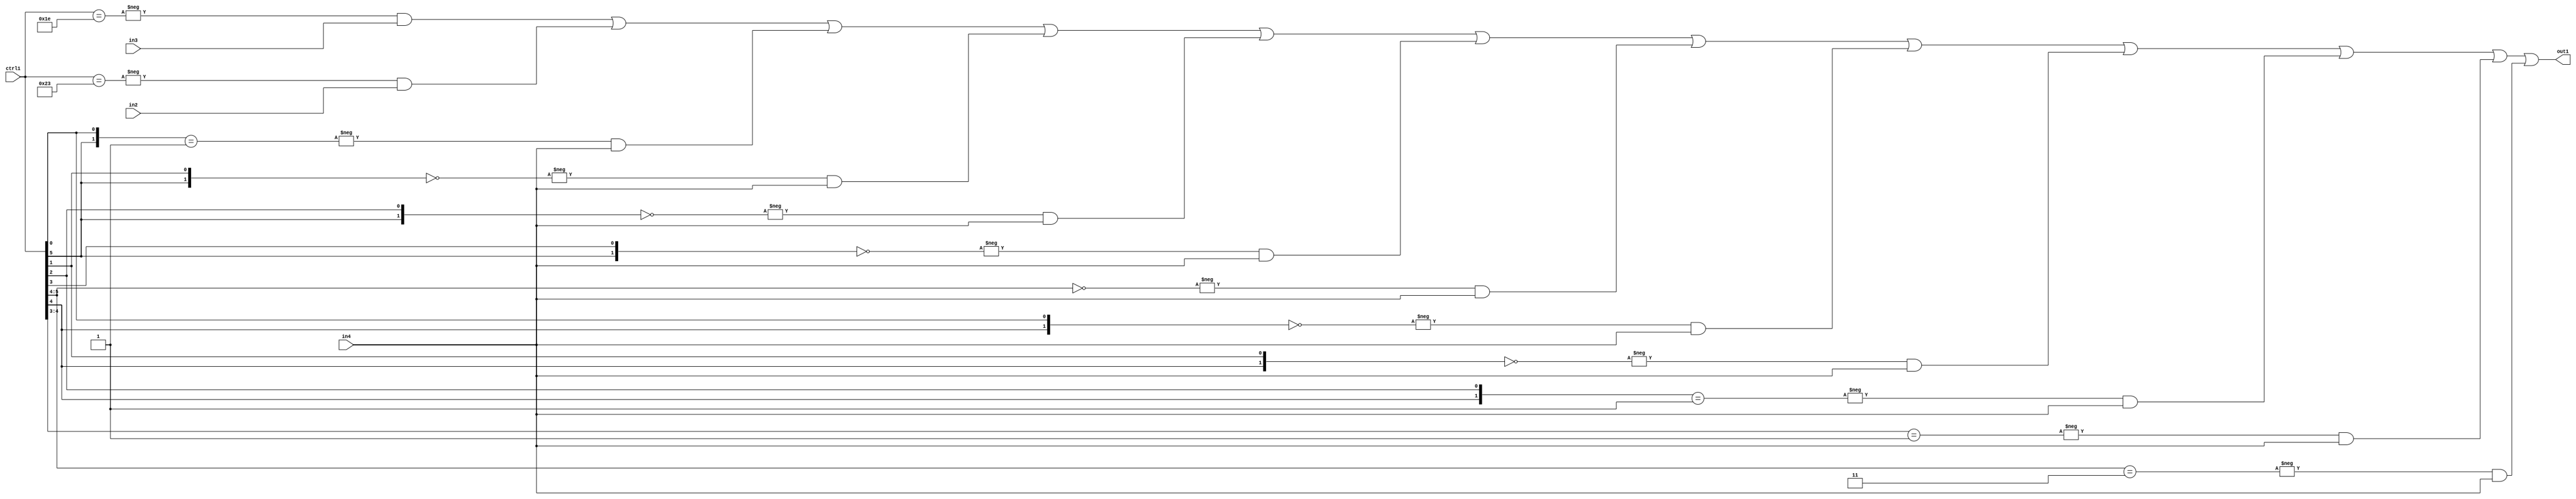
`timescale 1ps / 1ps
/*****************************************************************************
    Verilog RTL Description
    
    
    Created by: Stratus DpOpt 21.05.01 
*******************************************************************************/

module SobelFilter_N_Mux_32_3_78_1 (
	in4,
	in3,
	in2,
	ctrl1,
	out1
	); /* architecture "behavioural" */ 
input [31:0] in4;
input [8:0] in3,
	in2;
input [5:0] ctrl1;
output [31:0] out1;
wire [31:0] asc001;

assign asc001 = 
	-{ctrl1 == 6'B011110} & in3 |
	-{ctrl1 == 6'B100011} & in2 |
	-{{ctrl1[5], ctrl1[0]} == 2'B01} & in4 |
	-{{ctrl1[5], ctrl1[1]} == 2'B00} & in4 |
	-{{ctrl1[5], ctrl1[2]} == 2'B00} & in4 |
	-{{ctrl1[5], ctrl1[3]} == 2'B00} & in4 |
	-{ctrl1[5:4] == 2'B00} & in4 |
	-{{ctrl1[4], ctrl1[0]} == 2'B00} & in4 |
	-{{ctrl1[4], ctrl1[1]} == 2'B00} & in4 |
	-{{ctrl1[4], ctrl1[2]} == 2'B01} & in4 |
	-{ctrl1[4:3] == 2'B01} & in4 |
	-{ctrl1[5:4] == 2'B11} & in4 ;

assign out1 = asc001;
endmodule

/* CADENCE  vLD3Tgo= : u9/ySxbfrwZIxEzHVQQV8Q== ** DO NOT EDIT THIS LINE ******/